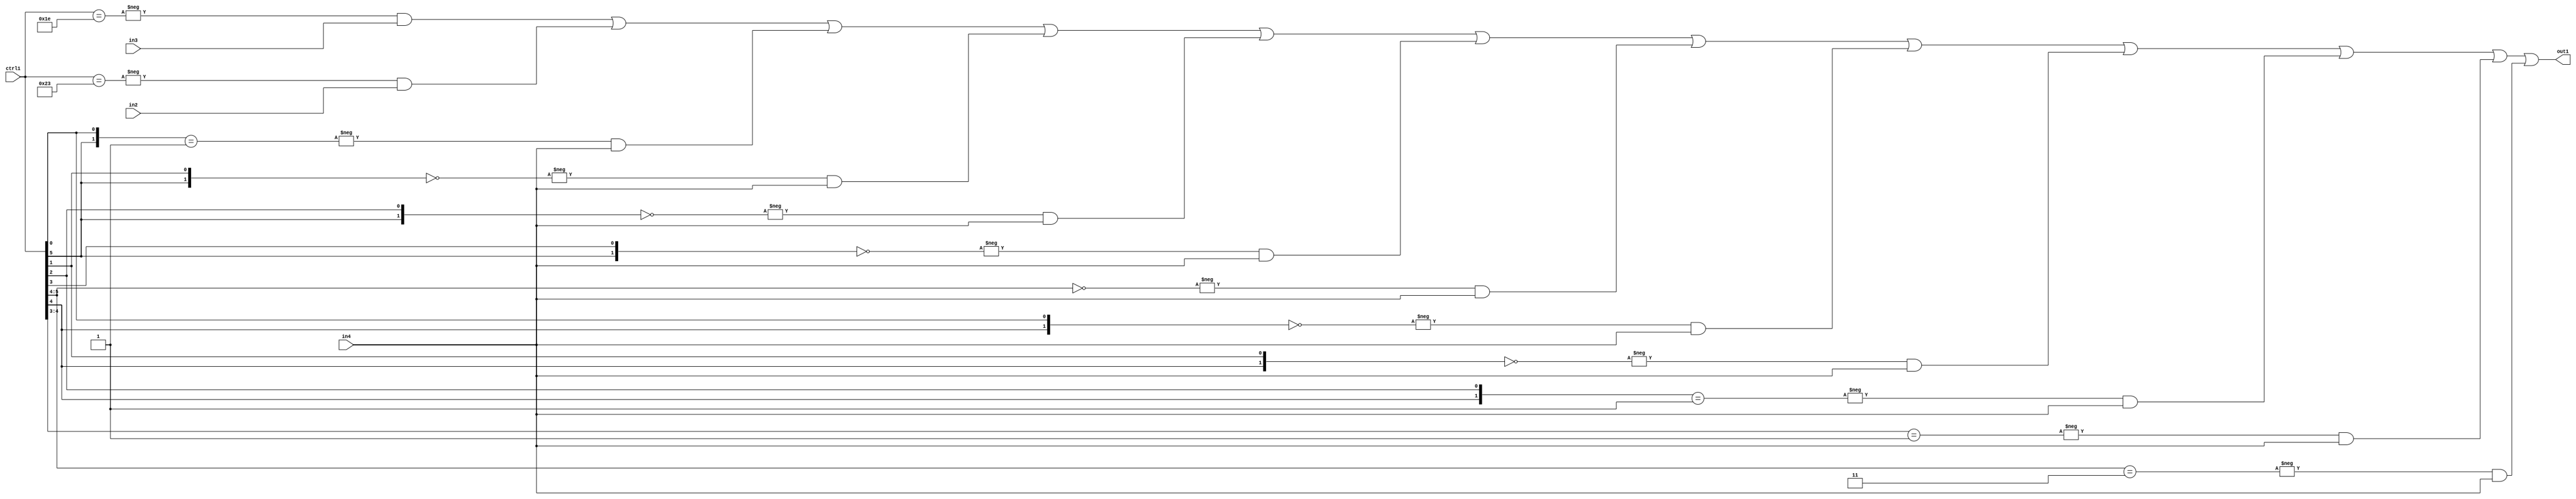
`timescale 1ps / 1ps
/*****************************************************************************
    Verilog RTL Description
    
    
    Created by: Stratus DpOpt 21.05.01 
*******************************************************************************/

module SobelFilter_N_Mux_32_3_78_1 (
	in4,
	in3,
	in2,
	ctrl1,
	out1
	); /* architecture "behavioural" */ 
input [31:0] in4;
input [8:0] in3,
	in2;
input [5:0] ctrl1;
output [31:0] out1;
wire [31:0] asc001;

assign asc001 = 
	-{ctrl1 == 6'B011110} & in3 |
	-{ctrl1 == 6'B100011} & in2 |
	-{{ctrl1[5], ctrl1[0]} == 2'B01} & in4 |
	-{{ctrl1[5], ctrl1[1]} == 2'B00} & in4 |
	-{{ctrl1[5], ctrl1[2]} == 2'B00} & in4 |
	-{{ctrl1[5], ctrl1[3]} == 2'B00} & in4 |
	-{ctrl1[5:4] == 2'B00} & in4 |
	-{{ctrl1[4], ctrl1[0]} == 2'B00} & in4 |
	-{{ctrl1[4], ctrl1[1]} == 2'B00} & in4 |
	-{{ctrl1[4], ctrl1[2]} == 2'B01} & in4 |
	-{ctrl1[4:3] == 2'B01} & in4 |
	-{ctrl1[5:4] == 2'B11} & in4 ;

assign out1 = asc001;
endmodule

/* CADENCE  vLD3Tgo= : u9/ySxbfrwZIxEzHVQQV8Q== ** DO NOT EDIT THIS LINE ******/